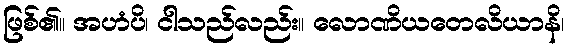
ဖြစ်၏။ အဟံပိ၊ ငါသည်လည်း။ လောဏိယတေလိယာနိ၊